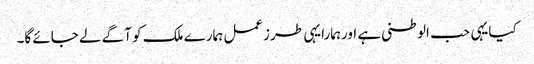
کیایہی حب الوطنی ہے اورہمارایہی طرزعمل ہمارے ملک کو آگے لے جائے گا۔